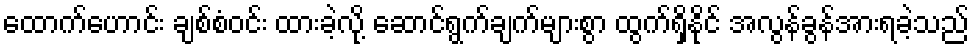
ထောက်ဟောင်း ချစ်စံဝင်း ထားခဲ့လို့ ဆောင်ရွက်ချက်များစွာ ထွက်ရှိနိုင် အလွန်ခွန်အားရခဲ့သည်